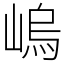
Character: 嵨